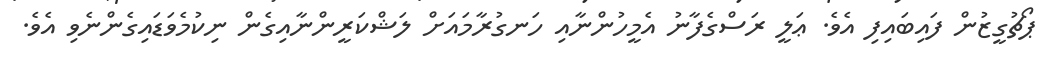
ޕޯޗުގީޒުން ފައިބައިފި އެވެ. ޢަލީ ރަސްގެފާނު އެމީހުންނާއި ހަނގުރާމައަށް ލަޝްކަރީންނާއިގެން ނިކުމެވަޑައިގެންނެވި އެވެ.